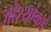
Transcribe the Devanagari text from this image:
जोश्यांकडे